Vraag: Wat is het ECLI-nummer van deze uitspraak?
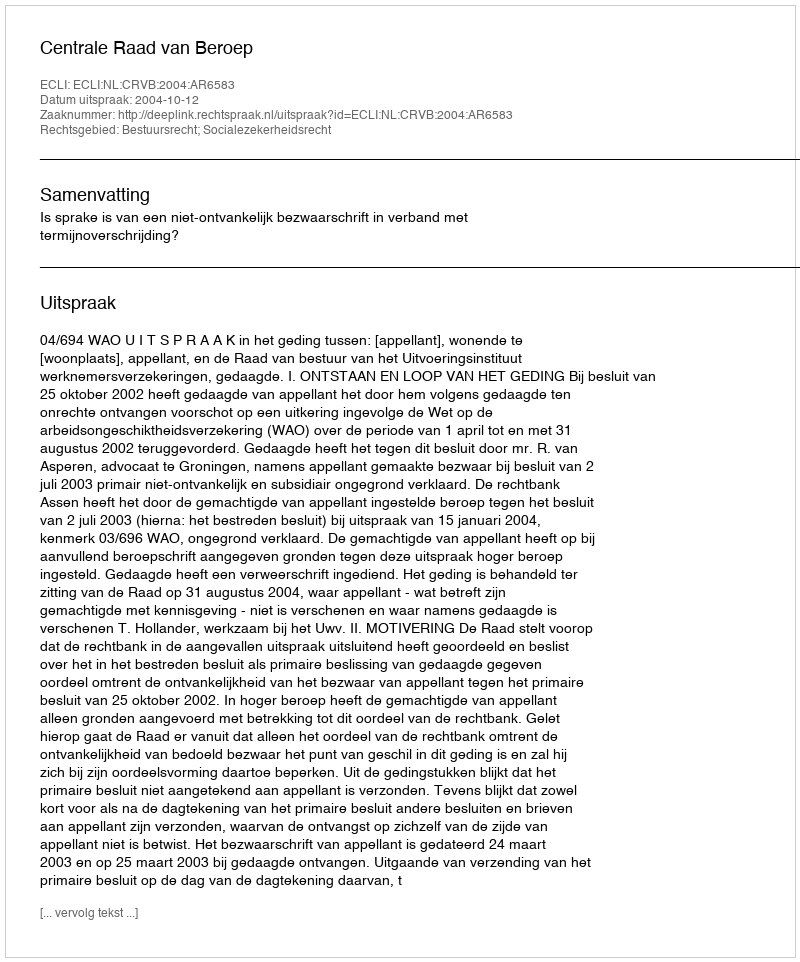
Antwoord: ECLI:NL:CRVB:2004:AR6583